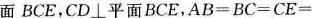
面BCE，CD\bot 平面BCE，$$A B = B C = C E =